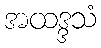
အထဒ္ဒသံ